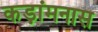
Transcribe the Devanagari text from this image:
कड़ांमनास